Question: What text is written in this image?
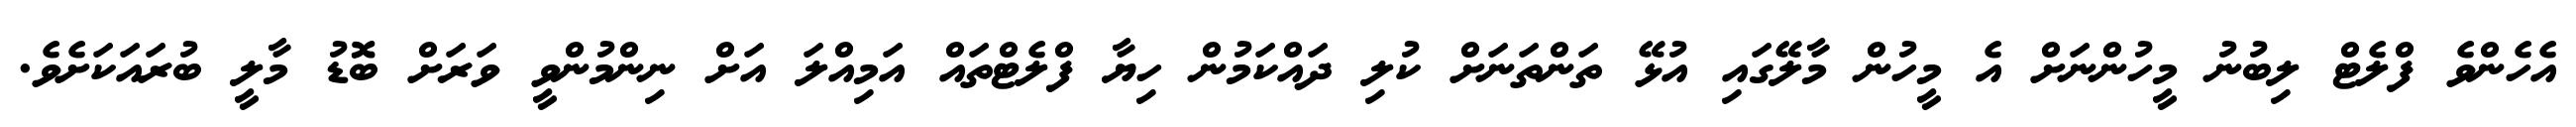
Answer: އެހެންވެ ފްލެޓް ލިބުނު މީހުންނަށް އެ މީހުން މާލޭގައި އުޅޭ ތަންތަނަށް ކުލި ދައްކަމުން ހިޔާ ފްލެޓްތައް އަމިއްލަ އަށް ނިންމުންވީ ވަރަށް ބޮޑު މާލީ ބުރައަކަށެވެ.